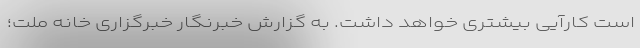
است کارآیی بیشتری خواهد داشت. به گزارش خبرنگار خبرگزاری خانه ملت؛